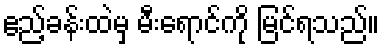
ဧည့်ခန်းထဲမှ မီးရောင်ကို မြင်ရသည်။